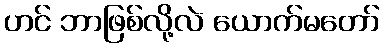
ဟင် ဘာဖြစ်လို့လဲ ယောက်မတော်